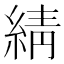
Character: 綪